Vaccination report Assam 1896-1927 - 1896-1927
Year: 1896
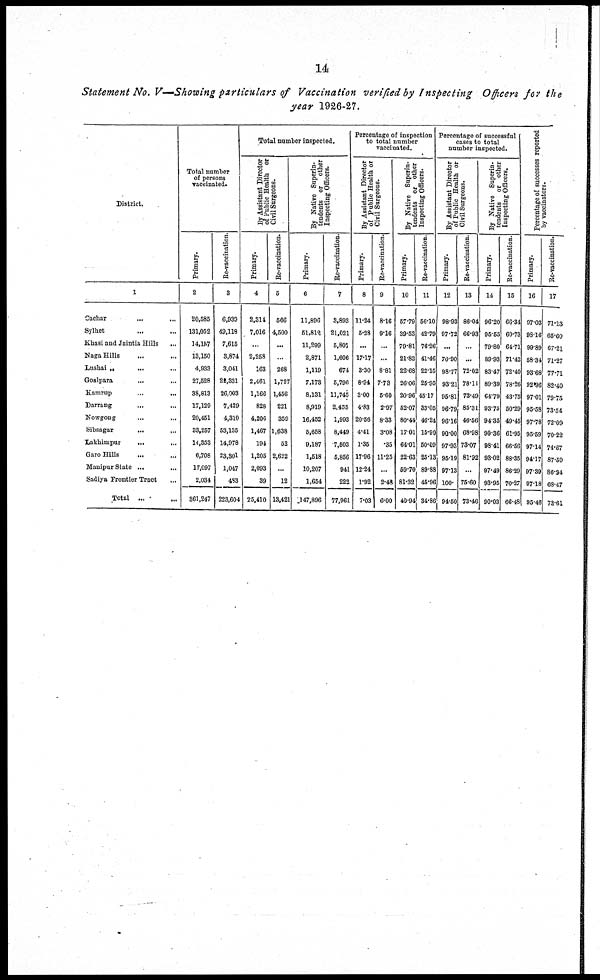
14
Statement No. V—Showing particulars of Vaccination verified by Inspecting Officers for the
year 1926-27.
District.
1
Cachar
... ...
Sylhet ... ...
Khasi and Jaintia Hills ...
Naga Hills ... ...
Lnshai „
...
Goalpara
...
...
Kamrup
...
...
Darrang
... ...
Nowgong ... ...
Sibsagar
... ...
Lakhimpur
...
Garo Hills ... ...
Manipur State ...
...
Sadiya Frontier Tract ...
Total ... ...
Total number
of persons
vaccinated.
Primary.
2
20,585
131,052
14,157
13,150
4,933
27,528
38,813
17,120
20,451
33,257
14,353
6,708
17,097
2,031
361,247
Re-vaccination.
3
6,939
49,118
7,615
3,874
3,041
22,331
26,003
7,429
4,310
58,135
14,978
23,301
1,047
433
223,604
Total number inspected.
By Assistant Director
of Public Health or
Civil Surgeons.
Primary.
4
2,814
7,016
...
2,258
163
2,461
1,166
828
4,206
1,467
194
1,205
2,093
39
25,410
Re-vaccination.
5
566
4,500
...
...
268
1,727
1,456
221
359
1,638
52
2,622
...
12
13,421
By Native Superin-
tendents or other
Inspecting Officers.
Primary.
6
11,896
51,812
11,299
2,871
1,119
7,173
8,131
8,919
16,452
5,658
9,187
1,518
10,207
1,654
147,896
Re-vaccination.
7
8,893
21,021
5,807
1,606
674
5,796
11,746
2,455
1,993
8,449
7,503
5,856
941
222
77,961
Percentage of inspection
to total number
vaccinated.
By Assistant Director
of Public Health or
Civil Surgeons.
Primary.
8
11.24
5.28
...
17.17
3.30
8.94
3.00
4.83
20.56
4.41
1.35
17.96
12.24
1.92
7.03
Re-vaccination.
9
8.16
9.16
...
...
8.81
7.73
5.60
2.07
8.33
3.08
.35
11.25
...
2.48
6.00
By Native Superin¬
tendents or other
Inspecting Officers.
Primary.
10
57.79
39.53
79.81
21.83
22.68
26.06
20.96
52.07
80.44
17.01
64.01
22.63
59.70
81.32
40.94
Re-vaccination.
11
56.10
42.79
76.26
41.46
22.15
25.95
45.17
33.05
46.24
16.90
50.09
25.13
89.88
46.96
34.86
Percentage of successful
cases to total
number inspected.
By Assistant Director
of Public Health or
Civil Surgeons.
Primary.
12
98.93
97.72
...
70.90
98.77
93.21
95.81
96.79
96.16
90.00
97.93
96.19
97.13
100.
94.50
Re-vaccination.
13
86.04
66.93
...
...
72.02
78.11
78.49
85.31
46.56
68.98
73.07
81.92
...
76.60
73.46
By Native Superin¬
tendents or other
Inspecting Officers.
Primary.
14
96.20
95.55
79.80
89.93
83.47
89.39
64.79
93.75
94.35
90.86
98.41
93.02
97.49
93.95
90.03
Re-vaccination.
15
66.34
60.73
64.71
71.42
72.40
78.26
43.75
50.20
49.45
61.95
66.56
88.35
86.29
70.27
66.48
Percentage of successes reported
by vaccinators.
Primary.
16
97.03
98.16
99.89
58.34
98.68
92.96
97.01
95.58
97.78
95.69
97.14
94.17
97.89
97.18
95.46
Re-vaccination.
17
71.13
65.60
67.21
71.27
77.71
82.40
79.75
73.54
72.09
70.22
74.87
87.59
86.34
68.47
73.61